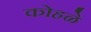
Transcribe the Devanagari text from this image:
कोहळे